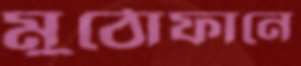
মুঠোফানে